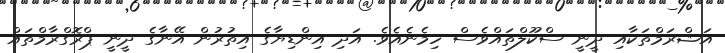
އަޝްރަމްތަކާއި ދީނީ ސްކޫލްތައްވެސް ހިމެނެއެވެ. އަދި އިންޑިޔާގެ އިތުރުން އޭނާގެ ދީނީ ޕްރޮގްރާމްތައް